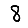
Digit: 8